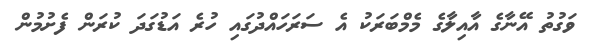
ވަގުތު އޭނާގެ އާއިލާގެ މެމްބަރަކު އެ ސަރަހައްދުގައި ހުރެ އަޑުގަދަ ކުރަން ފެށުމުން